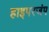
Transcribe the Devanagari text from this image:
हाइपरजंप